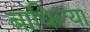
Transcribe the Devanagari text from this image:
बांधिल्या